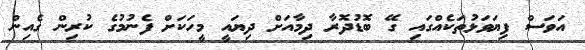
އަވަސް ފިޔަވަޅުތަކެއްގައި ގޭ ބޮޑުދޮރާ ދިމާއަށް ދިޔައީ މީހަކަށް ފެނުމުގެ ކުރިން ގެއިން